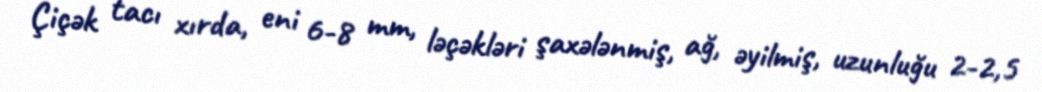
Çiçək tacı xırda, eni 6-8 mm, ləçəkləri şaxələnmiş, ağ, əyilmiş, uzunluğu 2-2,5